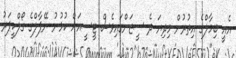
އެއީ ބިމާލްގެ އިތުރުން މިދިޔަ ދެ ސީޒަންގައިވެސް ޓީސީއަށް ކުޅުނު ނޭޕާލްގެ ގޯލްކީޕަރު